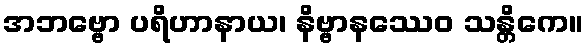
အဘဗ္ဗော ပရိဟာနာယ၊ နိဗ္ဗာနဿေဝ သန္တိကေ။